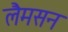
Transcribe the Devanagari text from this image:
लैमसन